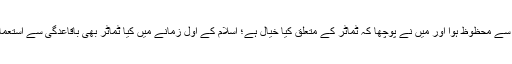
میں اس جواب سے محظوظ ہوا اور میں نے پوچھا کہ ٹماٹر کے متعلق کیا خیال ہے؛ اسلام کے اول زمانے میں کیا ٹماٹر بھی باقاعدگی سے استعمال ہوتے تھے؟